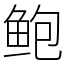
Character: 鲍